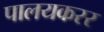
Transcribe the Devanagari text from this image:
पालयकरर